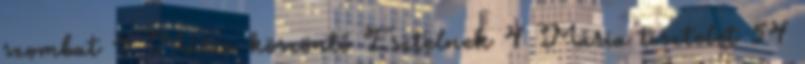
szombat 4 Mária köszöntő Esztelnek 4 Mária tisztelet 54